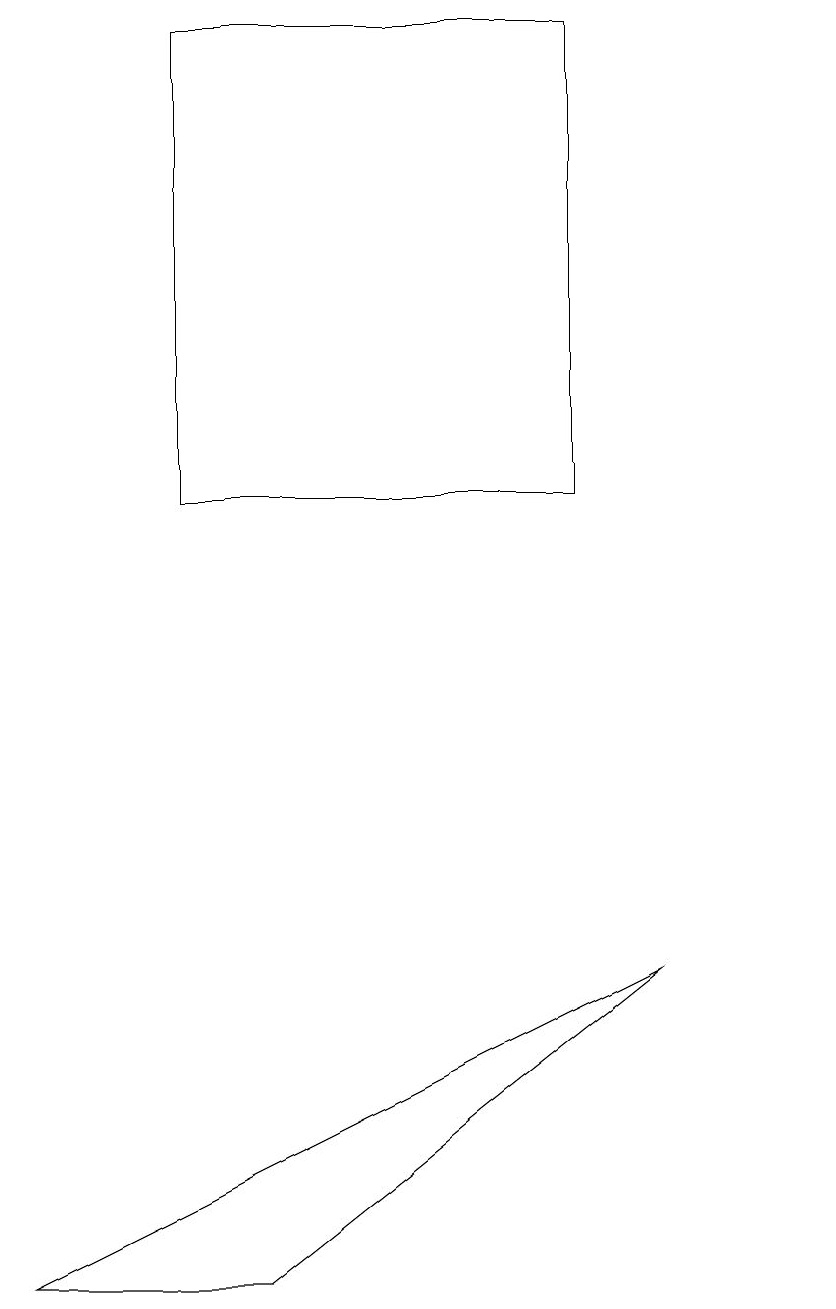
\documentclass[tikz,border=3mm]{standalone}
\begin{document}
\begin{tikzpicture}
\draw (7,18) rectangle (2,12);
\draw (10,10) circle (0);
\draw (0,2) -- (8,6) -- (3,2) -- cycle;
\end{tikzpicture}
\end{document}